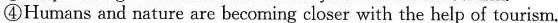
④Humans and nature are becoming closer with the help of tourism.